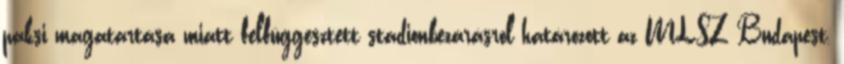
paksi magatartása miatt felfüggesztett stadionbezárásról határozott az MLSZ Budapest,